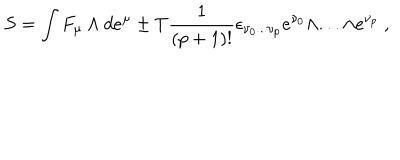
S = \int F _ { \mu } \wedge d e ^ { \mu } \pm T \frac { 1 } { ( p + 1 ) ! } \epsilon _ { \nu _ { 0 } . . . \nu _ { p } } e ^ { \nu _ { 0 } } \wedge . . . \wedge e ^ { \nu _ { p } } \ ,